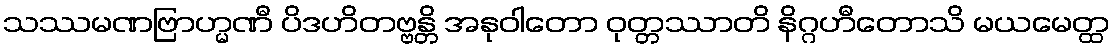
သဿမဏဗြာဟ္မဏီ ပိဒဟိတဗ္ဗန္တိ အနုဝါတော ဝုတ္တဿာတိ နိဂ္ဂဟီတောသိ မယမေတ္ထ